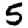
Digit: 5